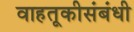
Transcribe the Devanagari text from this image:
वाहतूकीसंबंधी